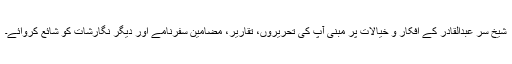
شیخ سر عبدالقادر کے افکار و خیالات پر مبنی آپ کی تحریروں، تقاریر، مضامین سفرنامے اور دیگر نگارشات کو شائع کروائے۔